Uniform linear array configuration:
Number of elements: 16
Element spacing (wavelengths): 0.5
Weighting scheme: exponential
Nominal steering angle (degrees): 60
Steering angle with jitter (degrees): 58.44
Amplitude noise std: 0.05
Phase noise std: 0.05

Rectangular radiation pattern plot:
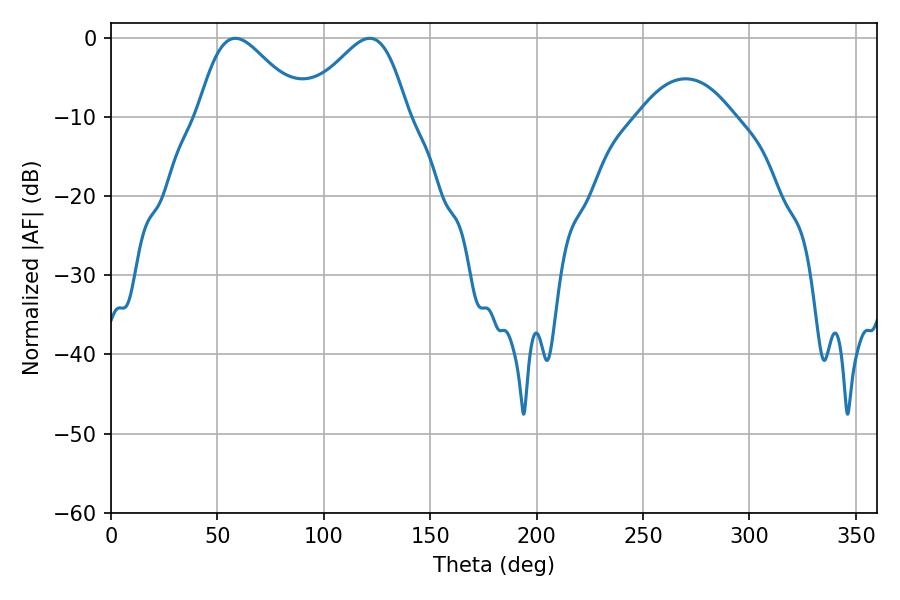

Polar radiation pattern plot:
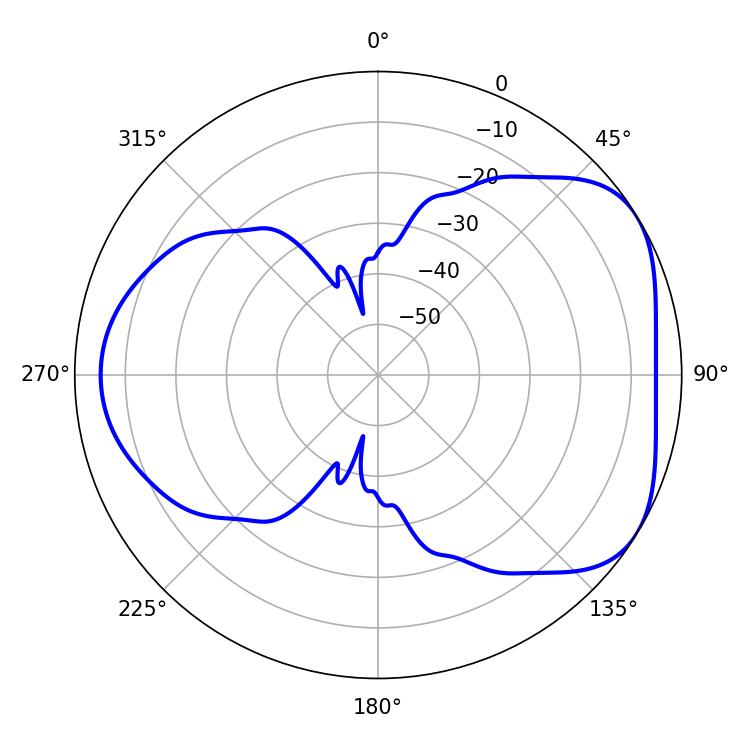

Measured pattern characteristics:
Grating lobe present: FALSE
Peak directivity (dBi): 4.668
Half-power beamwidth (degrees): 25.92
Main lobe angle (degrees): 58.5